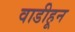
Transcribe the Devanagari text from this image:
वाडीहून